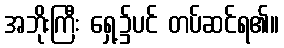
အဘိုးကြီး ရှေ့၌ပင် တပ်ဆင်ရ၏။